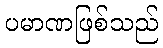
ပမာဏဖြစ်သည်